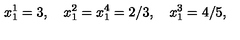
x _ { 1 } ^ { 1 } = 3 , \quad x _ { 1 } ^ { 2 } = x _ { 1 } ^ { 4 } = 2 / 3 , \quad x _ { 1 } ^ { 3 } = 4 / 5 ,